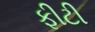
ફીટી